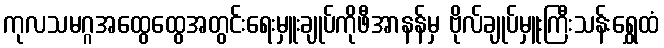
ကုလသမဂ္ဂအထွေထွေအတွင်းရေးမှူးချုပ်ကိုဖီအာနန်မှ ဗိုလ်ချုပ်မှူးကြီးသန်းရွှေထံ